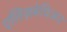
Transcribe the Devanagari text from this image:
एलिज़बेथिअन